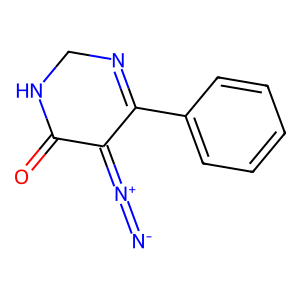
SMILES: [N-]=[N+]=C1C(=O)NCN=C1c1ccccc1
Inhibits HIV replication: No